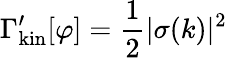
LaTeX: \Gamma_{\mathrm{kin}}^{\prime}[\varphi]={\frac{1}{2}}|\sigma(k)|^{2}